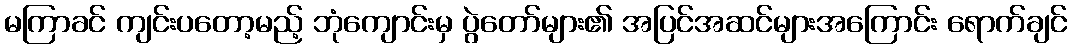
မကြာခင် ကျင်းပတော့မည့် ဘုံကျောင်းမှ ပွဲတော်များ၏ အပြင်အဆင်များအကြောင်း ရောက်ချင်